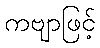
ကဗျာဖြင့်